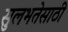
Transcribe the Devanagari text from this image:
सुलभतेसाठी